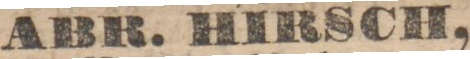
ABR. HIRSCH,